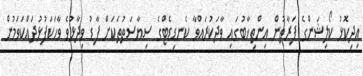
އިދިކޮޅު ކޯލިޝަންގެ ފަރާތުން އިންތިޚާބުގައި ވާދަކުރައްވާ ކެނޑިޑެޓްގެ ސިޔާސަތުތަކަށް ފާޑު ވިދާޅުވެ ވާހަކަފުޅުދައްކަވަމުން